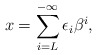
\begin{align*}x = \sum_{i=L}^{-\infty} \epsilon_i \beta^i,\end{align*}